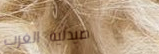
صيدلية الغرب